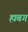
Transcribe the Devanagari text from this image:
ह्यबग